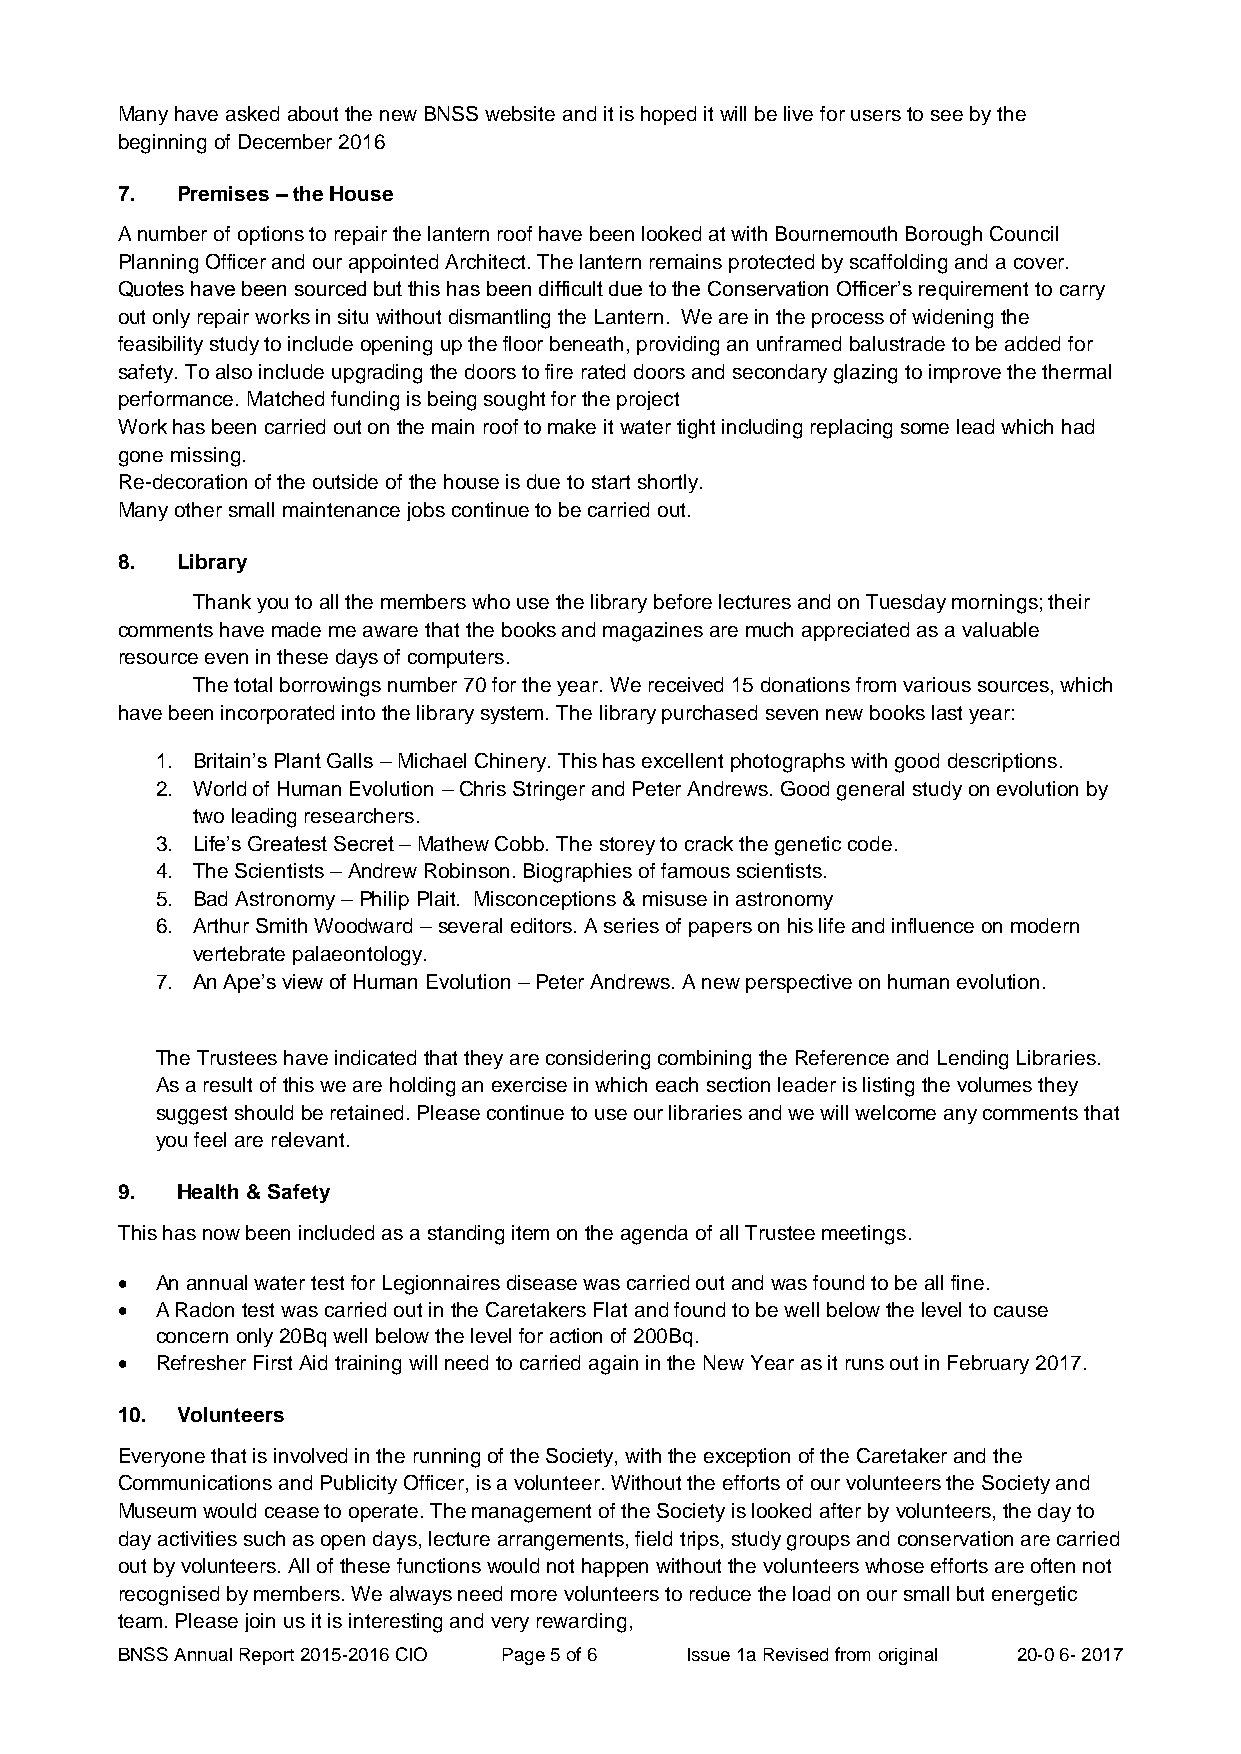
Many have asked about the new BNSS website and it is hoped it will be live for users to see by the
 beginning of December 2016
 7.  Premises – the House
 A number of options to repair the lantern roof have been looked at with Bournemouth Borough Council
 Planning Officer and our appointed Architect. The lantern remains protected by scaffolding and a cover.
 Quotes have been sourced but this has been difficult due to the Conservation Officer’s requirement to carry
 out only repair works in situ without dismantling the Lantern. We are in the process of widening the
 feasibility study to include opening up the floor beneath, providing an unframed balustrade to be added for
 safety. To also include upgrading the doors to fire rated doors and secondary glazing to improve the thermal
 performance. Matched funding is being sought for the project
 Work has been carried out on the main roof to make it water tight including replacing some lead which had
 gone missing.
 Re-decoration of the outside of the house is due to start shortly.
 Many other small maintenance jobs continue to be carried out.
 8.  Library
 Thank you to all the members who use the library before lectures and on Tuesday mornings; their
 comments have made me aware that the books and magazines are much appreciated as a valuable
 resource even in these days of computers.
 The total borrowings number 70 for the year. We received 15 donations from various sources, which
 have been incorporated into the library system. The library purchased seven new books last year:
 1. Britain’s Plant Galls – Michael Chinery. This has excellent photographs with good descriptions.
 2. World of Human Evolution – Chris Stringer and Peter Andrews. Good general study on evolution by
 two leading researchers.
 3. Life’s Greatest Secret – Mathew Cobb. The storey to crack the genetic code.
 4. The Scientists – Andrew Robinson. Biographies of famous scientists.
 5. Bad Astronomy – Philip Plait. Misconceptions & misuse in astronomy
 6. Arthur Smith Woodward – several editors. A series of papers on his life and influence on modern
 vertebrate palaeontology.
 7. An Ape’s view of Human Evolution – Peter Andrews. A new perspective on human evolution.
 The Trustees have indicated that they are considering combining the Reference and Lending Libraries.
 As a result of this we are holding an exercise in which each section leader is listing the volumes they
 suggest should be retained. Please continue to use our libraries and we will welcome any comments that
 you feel are relevant.
 9.  Health & Safety
 This has now been included as a standing item on the agenda of all Trustee meetings.
  An annual water test for Legionnaires disease was carried out and was found to be all fine.
  A Radon test was carried out in the Caretakers Flat and found to be well below the level to cause
 concern only 20Bq well below the level for action of 200Bq.
  Refresher First Aid training will need to carried again in the New Year as it runs out in February 2017.
 10. Volunteers
 Everyone that is involved in the running of the Society, with the exception of the Caretaker and the
 Communications and Publicity Officer, is a volunteer. Without the efforts of our volunteers the Society and
 Museum would cease to operate. The management of the Society is looked after by volunteers, the day to
 day activities such as open days, lecture arrangements, field trips, study groups and conservation are carried
 out by volunteers. All of these functions would not happen without the volunteers whose efforts are often not
 recognised by members. We always need more volunteers to reduce the load on our small but energetic
 team. Please join us it is interesting and very rewarding,
 BNSS Annual Report 2015-2016 CIO Page 5 of 6 Issue 1a Revised from original 20-0 6- 2017